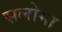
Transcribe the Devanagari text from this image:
सलोमा